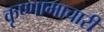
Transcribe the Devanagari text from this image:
कृष्णामाचारी